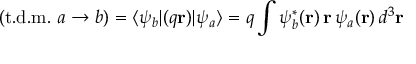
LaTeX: ( { \mathrm { t . d . m . ~ } } a \rightarrow b ) = \langle \psi _ { b } | ( q \mathbf { r } ) | \psi _ { a } \rangle = q \int \psi _ { b } ^ { * } ( \mathbf { r } ) \, \mathbf { r } \, \psi _ { a } ( \mathbf { r } ) \, d ^ { 3 } \mathbf { r }